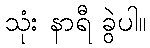
သုံး နာရီ ခွဲပါ။